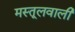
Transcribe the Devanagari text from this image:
मस्तूलवाली